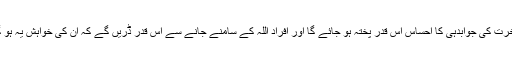
کسی نے کبھی تصور بھی کیا تھا کہ لوگوں میں آخرت کی جوابدہی کا احساس اس قدر پختہ ہو جائے گا اور افراد اللہ کے سامنے جانے سے اس قدر ڈریں گے کہ ان کی خواہش یہ ہو گی کہ ان کے گناہوں کی سزا انہیں یہیں مل جائے۔